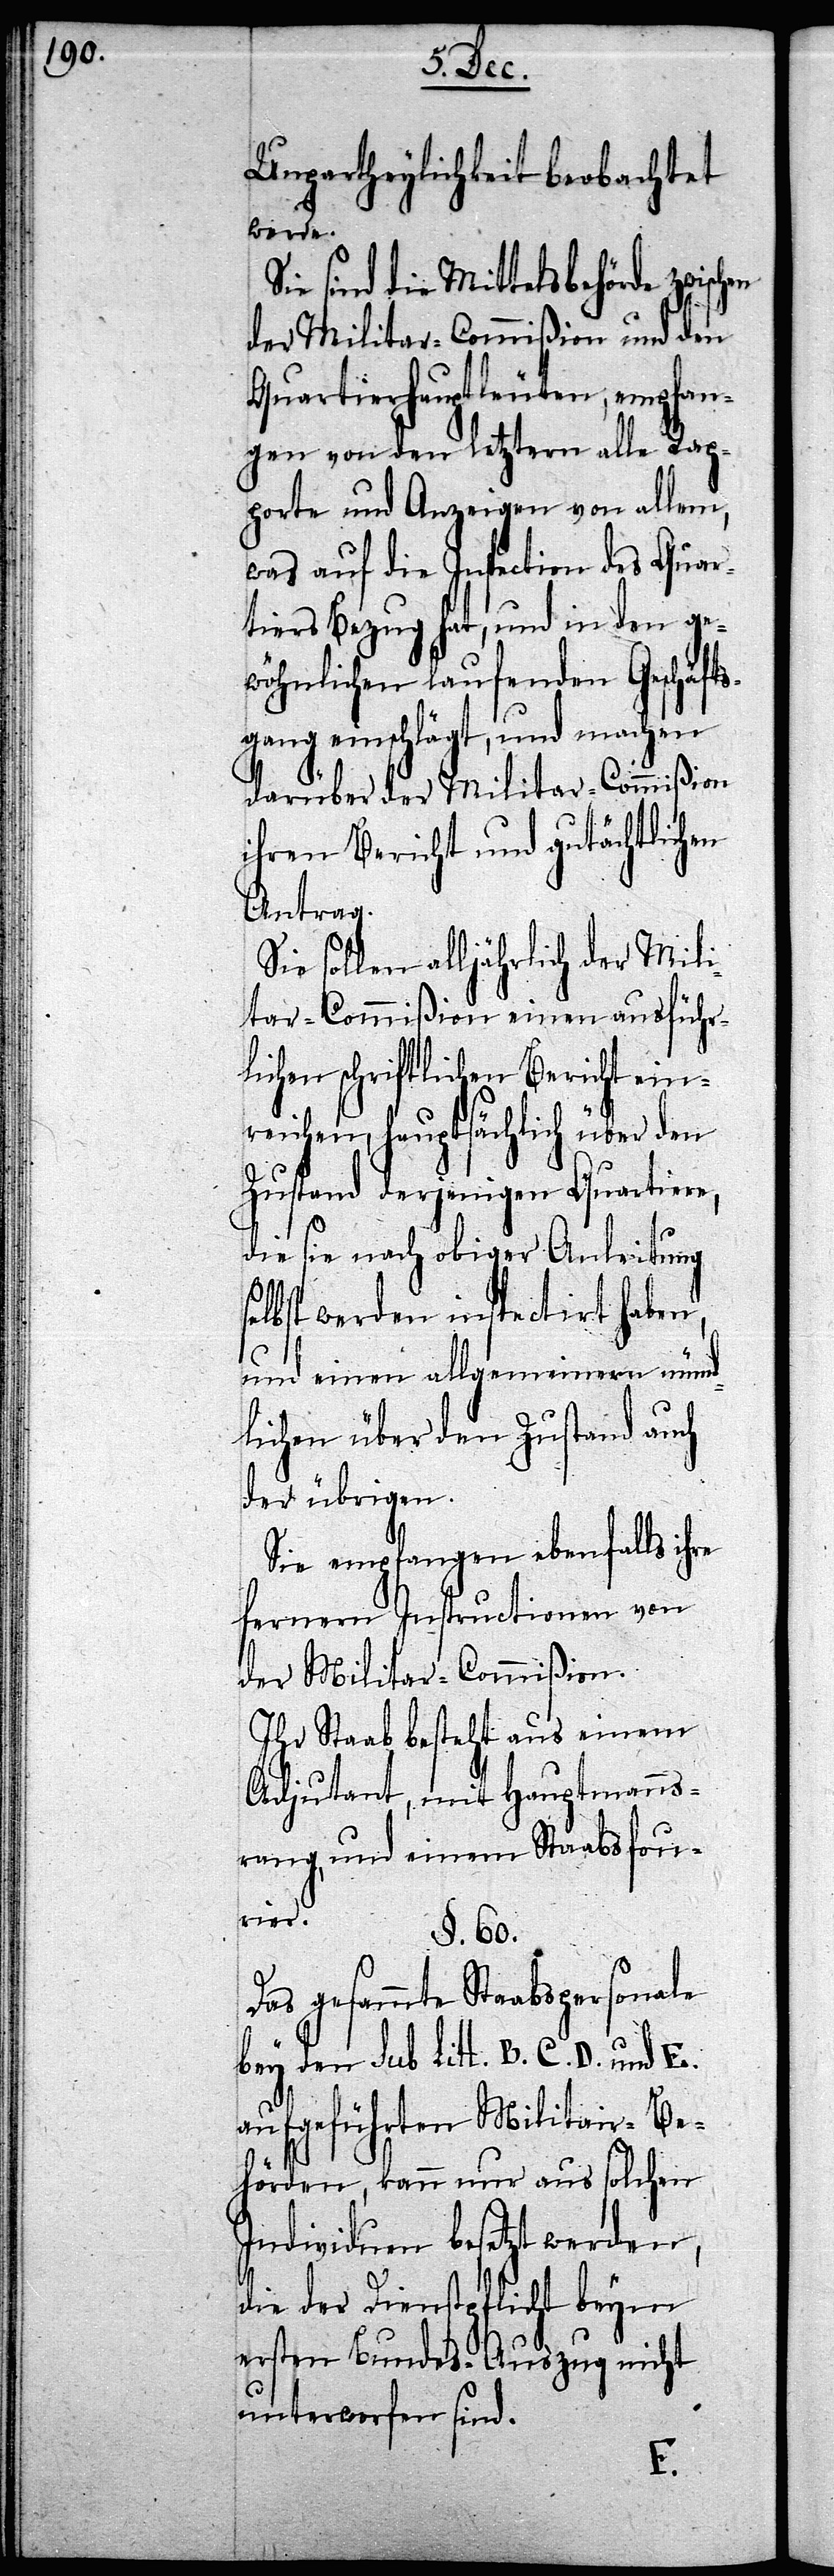
Unpartheylichkeit beobachtet
werde.
sind die Mittelsbehörde zwisch¬
der Militar-Commißion und den
Quartierhauptleuten, empfan¬
gen von den letztern alle Rap¬
porte und Anzeigen von allem,
was auf die Inspection des Quar¬
tiers Bezug hat, und in den ge¬
wöhnlichen laufenden Geschäfts¬
gang einschlägt, und machen
darüber der Militar-Commißion
ihren Bericht, und gutächtlichen
Antrag.
Sie sollen alljährlich der Mili¬
tar-Commißion einen ausführ¬
lichen schriftlichen Bericht ein¬
reichen, hauptsächlich über den
Zustand derjenigen Quartiere,
die sie nach obiger Anleitung
elbst werden inspectirt haben,
und einen allgemeinen münd¬
lichen über den Zustand auch
der übrigen.
Sie empfangen ebenfalls ihre
fernern Instructionen von
der Militar-Commißion.
Ihr Staab besteht aus einem
Adjutant, mit Hauptmanns¬
rang, und einem Staabsfou¬
rier.
§. 60.
Das gesammte Staabspersonale
bey den sub Litt. B. C. D. und E.
aufgeführten Militair-Be¬
hörden, kann nur aus solchen
Individuen besetzt werden,
die der Dienstpflicht beym
ersten Bundes-Auszug nicht
unterworfen sind.
s¬